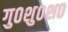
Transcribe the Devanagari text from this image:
गु०शु०श०